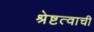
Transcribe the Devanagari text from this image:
श्रेष्टत्वाची